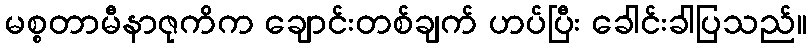
မစ္စတာမီနာဇုကိက ချောင်းတစ်ချက် ဟပ်ပြီး ခေါင်းခါပြသည်။